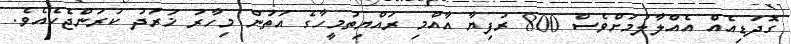
ގޮދަޑިއެއް އެއްލާލުމަށްވެސް 800 ރުފިޔާ އާއްމި ރައްޔިތުމީހާގެ އަތުން މިހާރު ޚަރަދު ކުރަންޖެހެއެވެ.